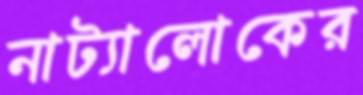
নাট্যালোকের